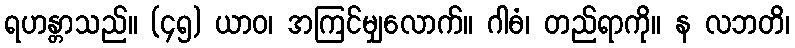
ရဟန္တာသည်။ (၄၅) ယာဝ၊ အကြင်မျှလောက်။ ဂါဓံ၊ တည်ရာကို။ န လဘတိ၊